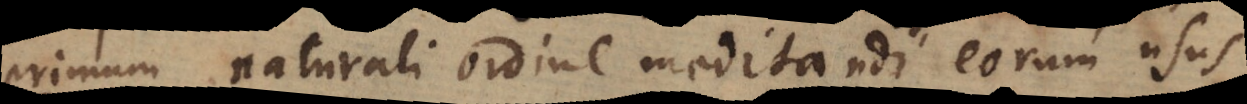
primum naturali ordine meditandi eorum usus